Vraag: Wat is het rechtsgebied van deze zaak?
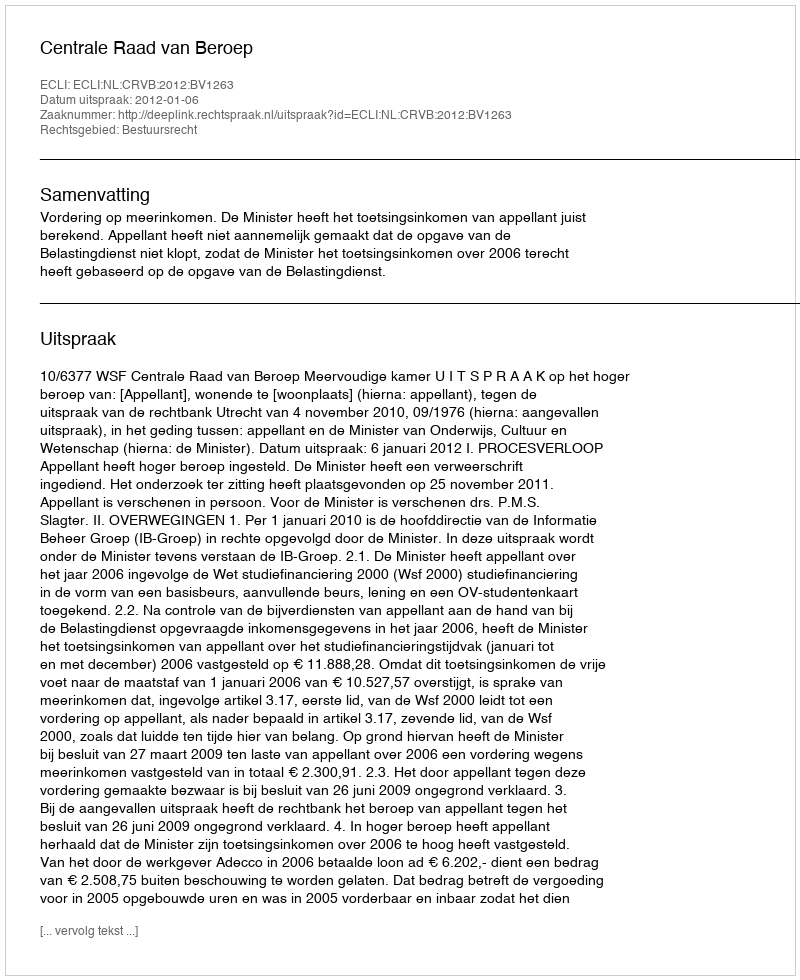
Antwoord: Bestuursrecht